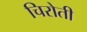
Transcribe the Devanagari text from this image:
चिरोती